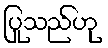
ပြုသည်ဟု